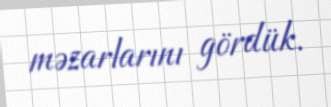
məzarlarını gördük.